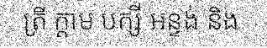
ត្រី ក្តាម បក្សី អន្ទង់ និង